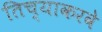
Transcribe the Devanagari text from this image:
तिच्याकरवे